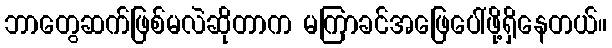
ဘာတွေဆက်ဖြစ်မလဲဆိုတာက မကြာခင်အဖြေပေါ်ဖို့ရှိနေတယ်။